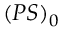
( P S ) _ { 0 }